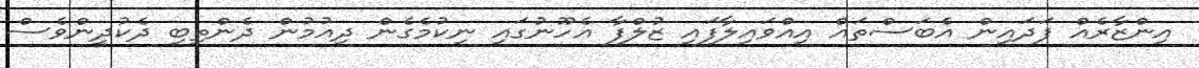
އިންޒާރެއް ފަދައިން އެބަސްތައް އިއްވައިލާފައި ޒުލްފާ އެހޫނުގައި ނިކުމެގެން ދިއުމުން ދެންތިބި ދެކުދީންވެސް